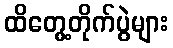
ထိတွေ့တိုက်ပွဲများ